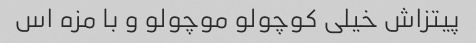
پیتزاش خیلی کوچولو موچولو و با مزه اس